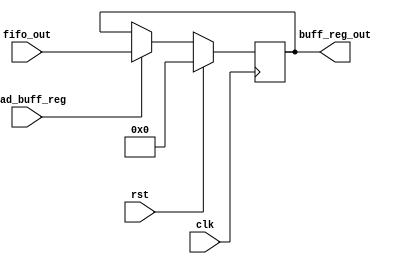
// This is part of the ECE241 final project
// This file contains a buffer register to save the address for the font ROM

module text_display_buffer_reg(clk, rst, load_buff_reg, fifo_out, buff_reg_out);
    input clk;
    input rst;
    input load_buff_reg;
    input [6:0]fifo_out;
    output reg [6:0]buff_reg_out;

    always @ (posedge clk)
    begin
        if (rst)
            buff_reg_out <= 7'b0;
        else if (load_buff_reg)
            buff_reg_out <= fifo_out;
    end
endmodule